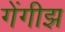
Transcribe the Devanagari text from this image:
गेंगीझ